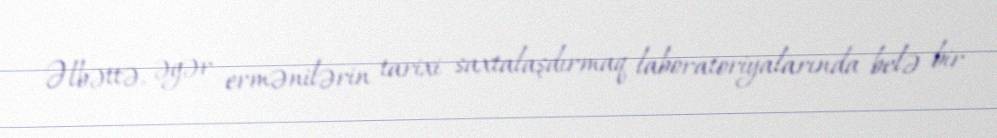
Əlbəttə, əgər ermənilərin tarixi saxtalaşdırmaq laboratoriyalarında belə bir